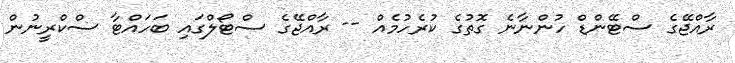
ރާއްޖޭގެ ސްޓޭންޑް ހުންނާނެ ގޮތުގެ ކުރެހުމެއް -- ރާއްޖޭގެ ސްޓޯލްގައި ބަހައްޓާ ސްކްރީނުން